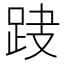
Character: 𨀆